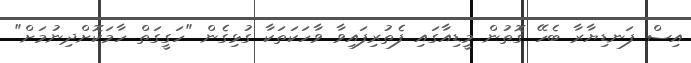
އިސް ފަނޑިޔާރާ ބެހޭ ގޮތުން މީޑިއާގައި ފެތުރިފައިވާ ވާހަކަތަކާ ގުޅިގެން "ހަގީގަތް ހާމަކޮށްދިނުމަށް"